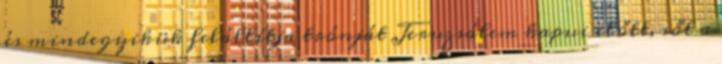
és mindegyikük felállítja trónját Jeruzsálem kapui előtt, sőt a